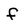
Character: f